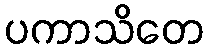
ပကာသိတေ